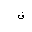
Letter: _fa